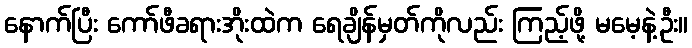
နောက်ပြီး ကော်ဖီခရားအိုးထဲက ရေချိန်မှတ်ကိုလည်း ကြည့်ဖို့ မမေ့နဲ့ဦး။